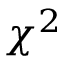
\chi ^ { 2 }